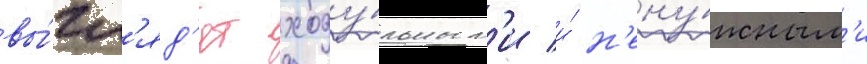
вы́гл'яд'ят ходу́льным'и и́ н'ену́жным'и